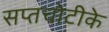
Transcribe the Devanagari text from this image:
सप्तचोटीके